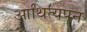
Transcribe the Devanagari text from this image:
आथित्यपन